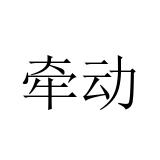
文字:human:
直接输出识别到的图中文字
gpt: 牵动